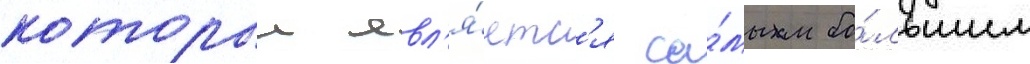
которыи явл'я́етс'я са́мым бо́льшим